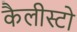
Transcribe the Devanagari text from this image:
कैलीस्टो